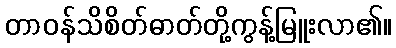
တာဝန်သိစိတ်ဓာတ်တို့ကွန့်မြူးလာ၏။